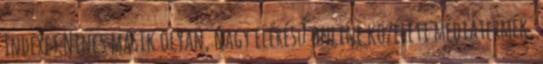
Indexet Nincs másik olyan, nagy elérésű online közéleti médiatermék,